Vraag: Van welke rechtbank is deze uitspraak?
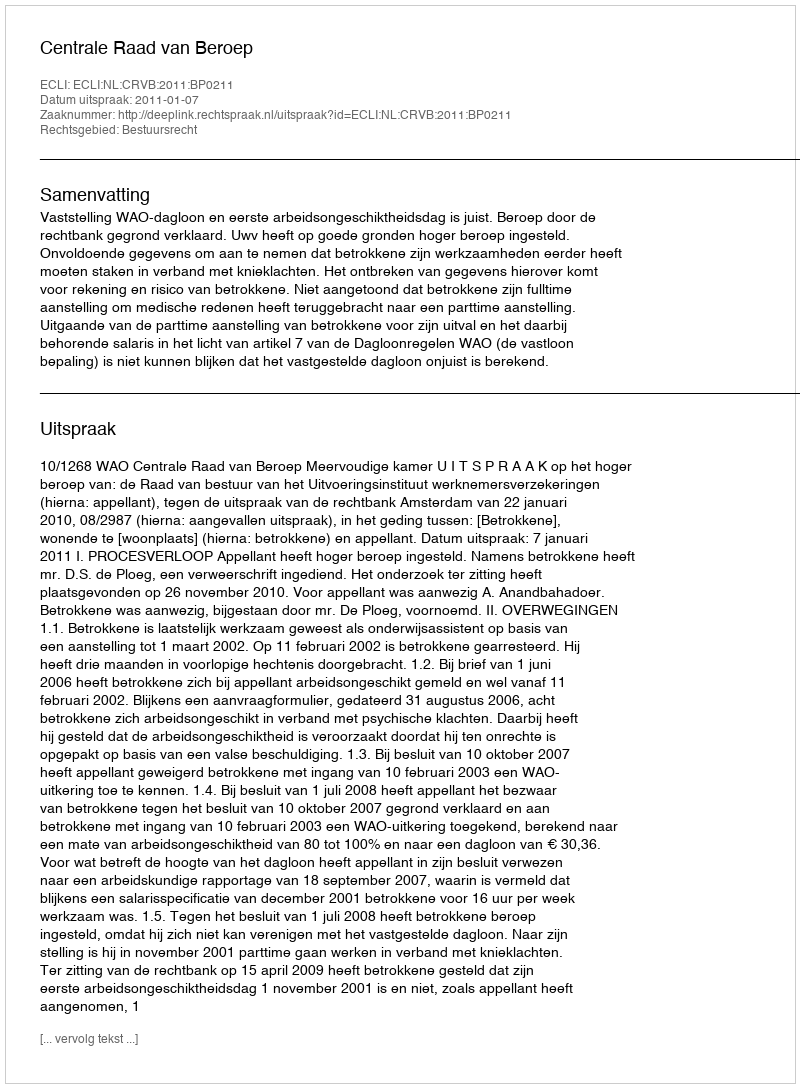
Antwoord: Centrale Raad van Beroep